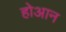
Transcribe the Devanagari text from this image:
होआन